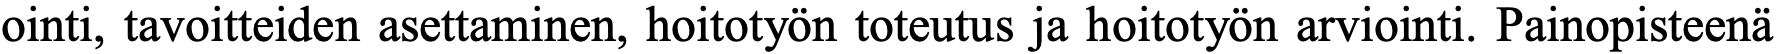
ointi, tavoitteiden asettaminen, hoitotyön toteutus ja hoitotyön arviointi. Painopisteenä